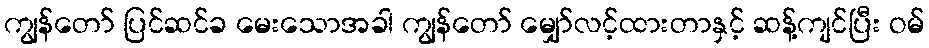
ကျွန်တော် ပြင်ဆင်ခ မေးသောအခါ ကျွန်တော် မျှော်လင့်ထားတာနှင့် ဆန့်ကျင်ပြီး ဝမ်